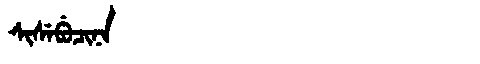
Manchu: ᠰᡳᠰᡝᠪᡠᠴᡳᠨᠠ
Romanization: SISEBUCINA